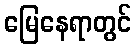
မြေနေရာတွင်